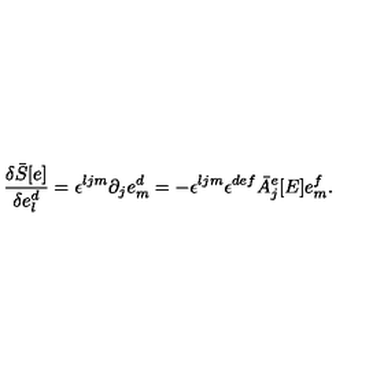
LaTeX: \frac { \delta { \bar { S } } [ e ] } { \delta e _ { l } ^ { d } } = \epsilon ^ { l j m } \partial _ { j } e _ { m } ^ { d } = - \epsilon ^ { l j m } \epsilon ^ { d e f } { \bar { A } } _ { j } ^ { e } [ E ] e _ { m } ^ { f } .